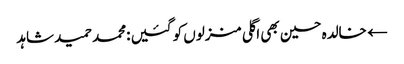
← خالدہ حسین بھی اگلی منزلوں کو گئیں :محمد حمید شاہد